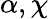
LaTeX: \alpha,\chi